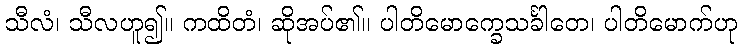
သီလံ၊ သီလဟူ၍။ ကထိတံ၊ ဆိုအပ်၏။ ပါတိမောက္ခေသင်္ခါတေ၊ ပါတိမောက်ဟု